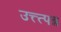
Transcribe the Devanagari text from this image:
उत्त्त्पन्न